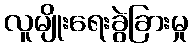
လူမျိုးရေးခွဲခြားမှု